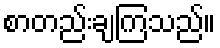
စာတည်းချကြသည်။